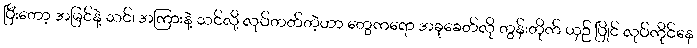
ပြီးတော့ အမြင်နဲ့ သင်၊ အကြားနဲ့ သင်လို့ လုပ်တတ်တဲ့ဟာ တွေကရော အခုခေတ်လို တွန်းတိုက် ယှဉ် ပြိုင် လုပ်ကိုင်နေ